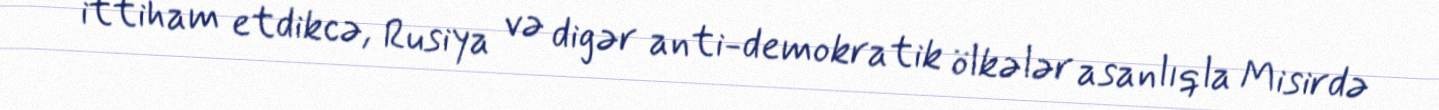
ittiham etdikcə, Rusiya və digər anti-demokratik ölkələr asanlıqla Misirdə